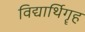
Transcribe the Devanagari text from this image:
विद्यार्थिगॄह